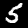
Digit: 5